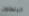
البنطلون